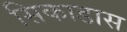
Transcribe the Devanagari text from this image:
सिकाडास